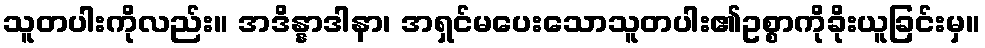
သူတပါးကိုလည်း။ အဒိန္နာဒါနာ၊ အရှင်မပေးသောသူတပါး၏ဥစ္စာကိုခိုးယူခြင်းမှ။